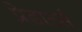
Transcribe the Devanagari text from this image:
प्रेडाटर्स